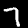
Digit: 7